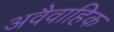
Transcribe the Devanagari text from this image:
अवैवाहिक